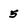
Character: 5